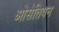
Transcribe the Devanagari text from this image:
ओसेतियन